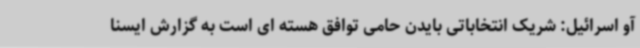
آو اسرائیل: شریک انتخاباتی بایدن حامی توافق هسته ای است به گزارش ایسنا